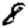
Digit: 8